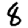
Digit: 8